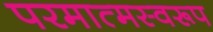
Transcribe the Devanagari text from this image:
परमात्मस्वरूप